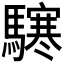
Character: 𩦊